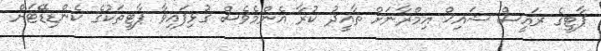
ޕާޓީގެ ރައީސް ޝައިޚް އިމްރާނަށް ތާއީދު ކުރާ އެންމެވެސް ގުޅިފައިވާ ޕާޓީތަކުގެ ކެންޑިޑޭޓަށް